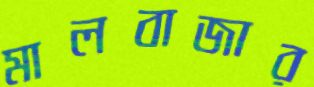
মালবাজার